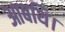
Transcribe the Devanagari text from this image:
आबथि।